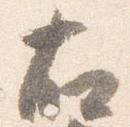
右